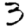
Digit: 3